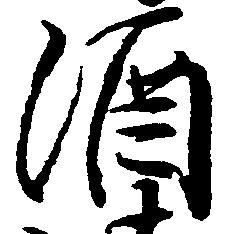
酒